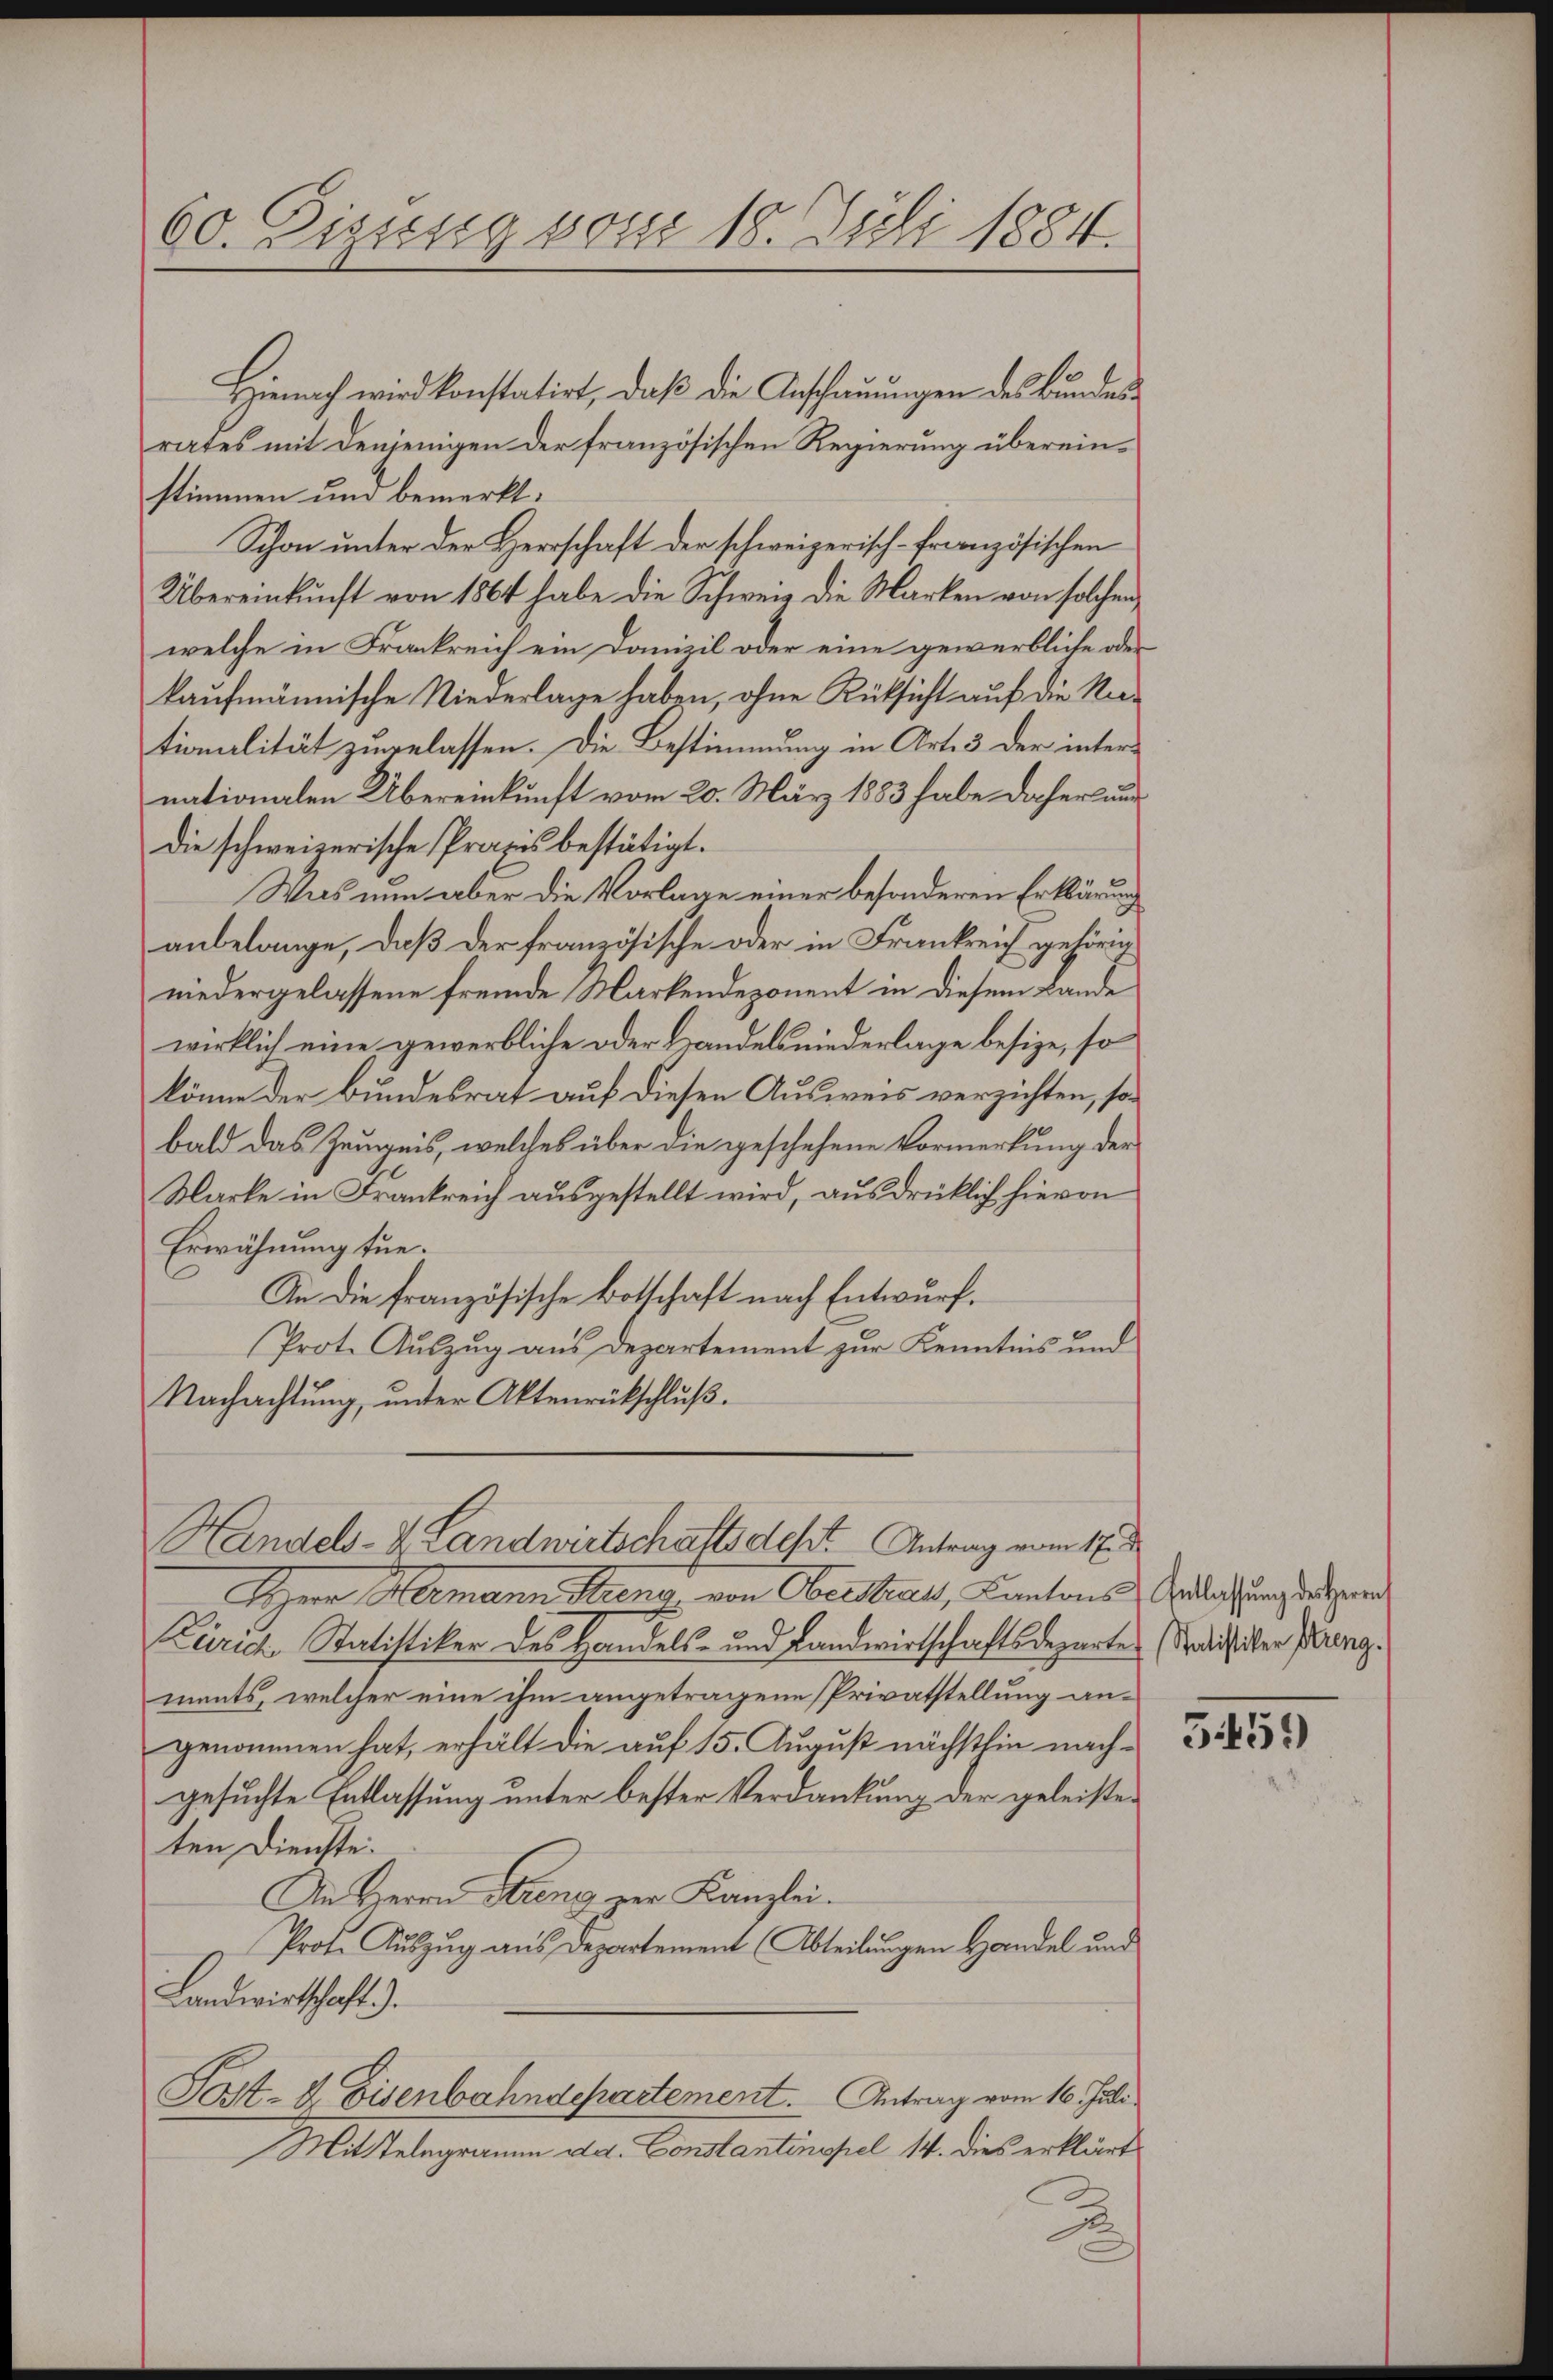
60. Eizung von 18. Juli 1884.

Hienach wird konstatirt, daß die Anschauungen des Bundesrates mit denjenigen der französischen Regierung übereinstimmen und bemerkt:
Schon unter der Herrschaft der schweizerisch-französischen
Übereinkunft von 1864 habe die Schweiz die Marken von solchen
welche in Frankreich ein Danizil oder eine gewerbliche oder
kaufmännische Niederlage haben, ohne Rücksicht auf die Na-
tionalität zugelassen. Die Bestimmung in Art. 3 der internationalen Übereinkunft vom 20. März 1883 habe daher und
die schweizerische Praxis bestätigt.
Was nun aber die Vorlage einer besonderen Erklärung
anbelange, daß der französische oder in Frankreich gehörig
niedergelassene fremde Markendeponent in diesem Lande
wirklich eine gewerbliche oder Landelsniederlage besize, so
könne der Bundesrat auf diesen Ausweis verzichten, sobald das Zeugnis, welches über die geschehene Vormerkung der
Marke in Frankreich ausgestellt wird, ausdrücklich hievon
Erwähnung tue.
An die französische Botschaft nach Entwurf.
Prote Auszug aus Departement zur Kenntnis und
Nachachtung, unter Aktenrückschluß.
Handels- & Landwirtschaftsdest Antrag vom 17.
Herr Hermann Hang von Oberstrat, Kantons Gedachung des zur
Zürich Statistiker des Handels- und Landwirtschaftsdeparten (Salister Baueng
ments, welcher eine ihm angetragene Privatstellung angenommen hat, erhält die auf 15. August nächsthin nachgesuchte Entlassung unter bester Verdankung der geleisteten Dienste.
An Herrn Streng zur Kanzlei.
Prote Auszug aus Departement (Abteilungen Handel und
Landwirtschaft 3.
Post- & Eisenbahndepartement. Antrag vom 16. Juli
Mitstelegramm da. Constantinopel 14. dies erklärt

x

5459)